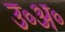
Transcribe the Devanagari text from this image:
उ॰अ॰